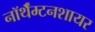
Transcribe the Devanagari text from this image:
नॉर्थॅम्टनशायर